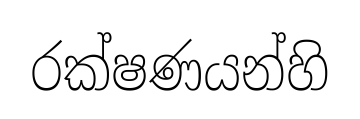
රක්ෂණයන්හි